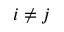
i \neq j